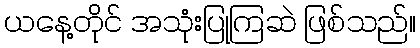
ယနေ့တိုင် အသုံးပြုကြဆဲ ဖြစ်သည်။